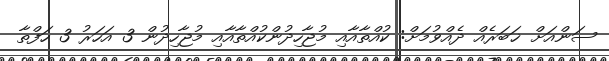
ސަންއަށް ޚަބަރެއް ދެއްވުމަށް: ކުއްތާއާއި މުޖާހިދުންކުއްތާއާއި މުޖާހިދުން 3 އަހަރު 3 ހަފްތާ